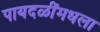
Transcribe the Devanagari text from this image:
पायदळींमधला